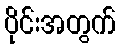
ပိုင်းအတွက်